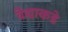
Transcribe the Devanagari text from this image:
वैद्याकडे